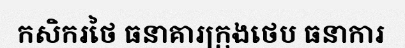
កសិករថៃ ធនាគារក្រុងថេប ធនាការ